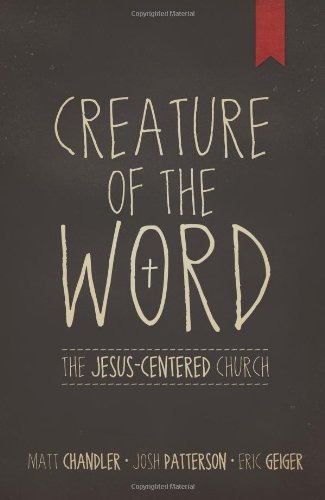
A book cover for Creature of the Word: The Jesus-Centered Church; Matt Chandler; Christian Books & Bibles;